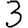
Digit: 3